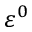
\varepsilon ^ { 0 }